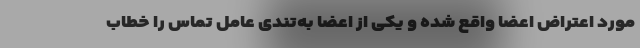
مورد اعتراض اعضا واقع شده و یکی از اعضا به‌تندی عامل تماس را خطاب